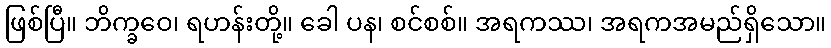
ဖြစ်ပြီ။ ဘိက္ခဝေ၊ ရဟန်းတို့။ ခေါ ပန၊ စင်စစ်။ အရကဿ၊ အရကအမည်ရှိသော။